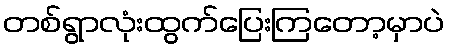
တစ်ရွာလုံးထွက်ပြေးကြတော့မှာပဲ